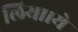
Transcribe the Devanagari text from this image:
लिया।ये